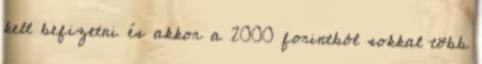
kell befizetni és akkor a 2000 forintból sokkal több